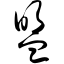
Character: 盟